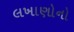
લખાણોનો